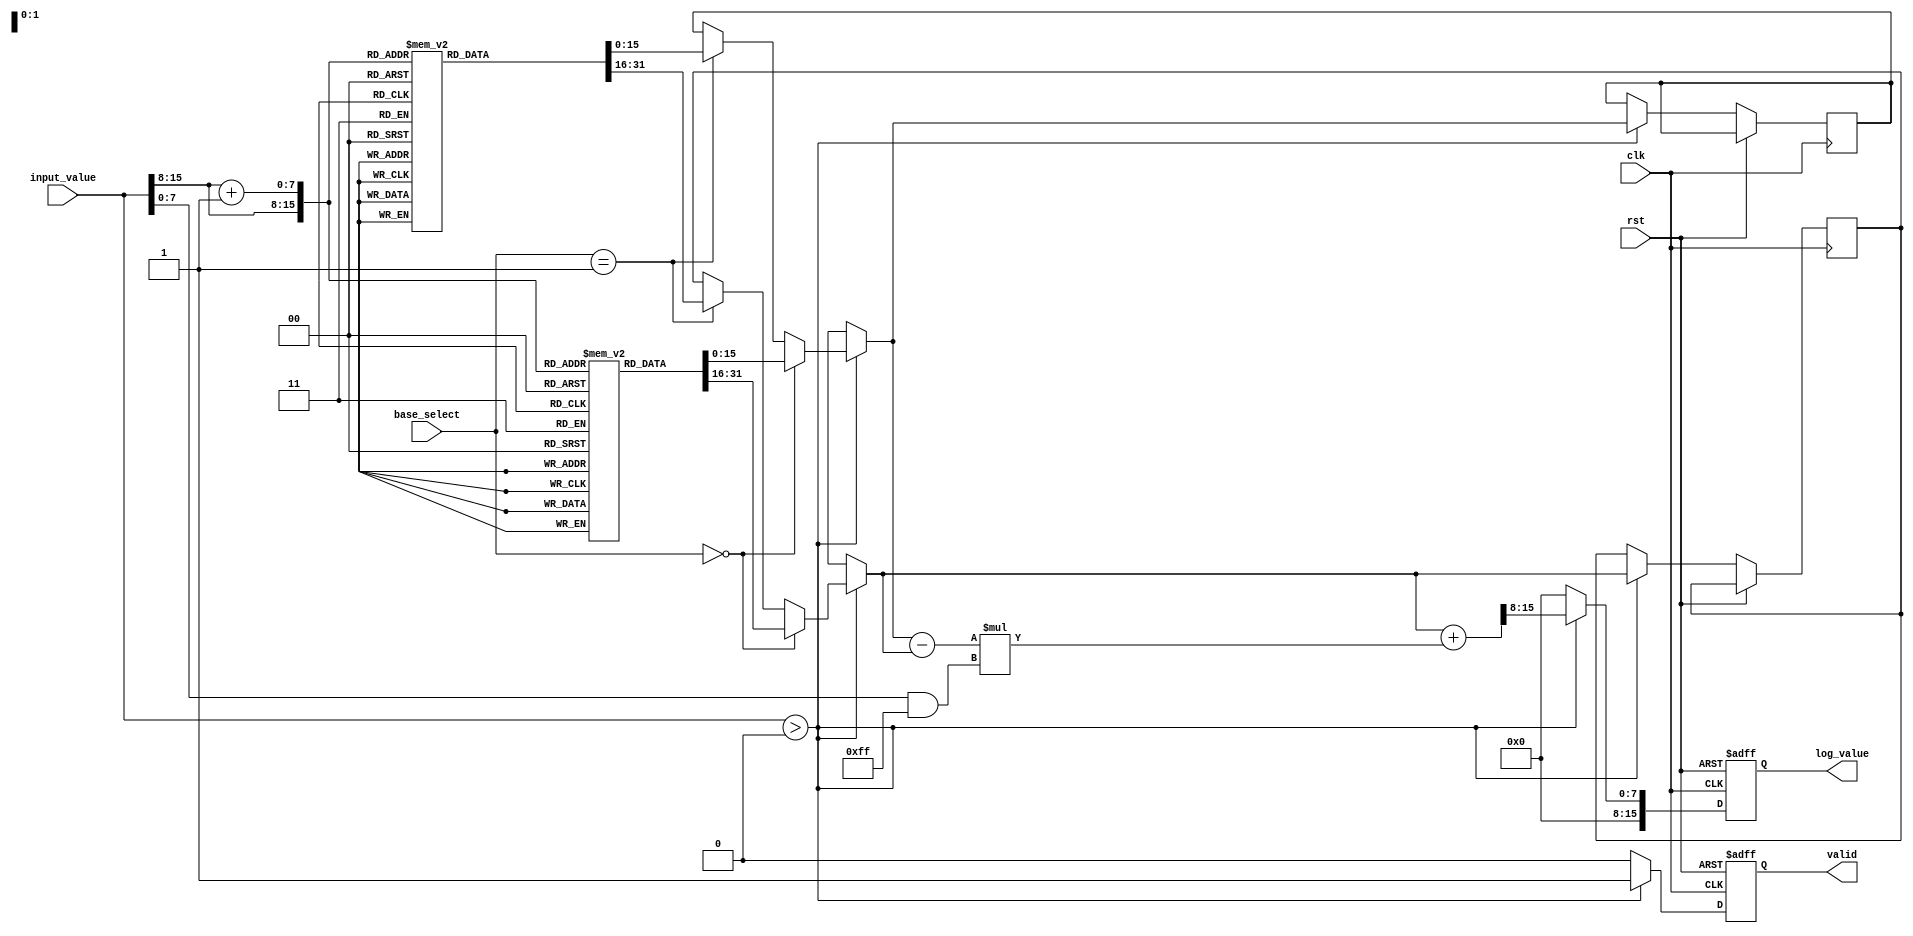
module LogarithmGenerator (
    input wire clk,                // Clock signal
    input wire rst,                // Reset signal
    input wire [15:0] input_value, // 16-bit input value (positive real number)
    input wire [1:0] base_select,  // Base selection (00: base 2, 01: base 10)
    output reg [15:0] log_value,   // 16-bit output logarithmic value
    output reg valid                // Output valid signal
);

    // Parameters for LUT size and range
    parameter LUT_SIZE = 256; // Size of the lookup table
    parameter LUT_WIDTH = 8;   // Width of the LUT index
    parameter INTERPOLATION_BITS = 8; // Bits for interpolation

    // Lookup table for logarithm values (base 2 and base 10)
    reg [15:0] lut_base2 [0:LUT_SIZE-1];
    reg [15:0] lut_base10 [0:LUT_SIZE-1];

    // Initialize LUT values (should be pre-computed)
    initial begin
        // Populate LUT for base 2
        // Example: lut_base2[i] = log2(i / LUT_SIZE) * (2^15)
        // Populate with appropriate logarithmic values
        // ...
        
        // Populate LUT for base 10
        // Example: lut_base10[i] = log10(i / LUT_SIZE) * (2^15)
        // Populate with appropriate logarithmic values
        // ...
    end

    // Internal signals
    reg [LUT_WIDTH-1:0] lut_index;
    reg [INTERPOLATION_BITS-1:0] fractional_part;
    reg [15:0] lut_value1, lut_value2;
    reg [15:0] interpolated_value;

    // Logarithm computation process
    always @(posedge clk or posedge rst) begin
        if (rst) begin
            log_value <= 16'b0;
            valid <= 1'b0;
        end else begin
            // Normalize input value to fit LUT indexing
            // Assume input_value is in the range [1, 256]
            if (input_value > 0) begin
                lut_index = input_value >> (16 - LUT_WIDTH); // Scale input to LUT index
                fractional_part = input_value & ((1 << (16 - LUT_WIDTH)) - 1); // Get fractional part

                // Select LUT based on base
                if (base_select == 2'b00) begin // Base 2
                    lut_value1 = lut_base2[lut_index];
                    lut_value2 = lut_base2[lut_index + 1];
                end else if (base_select == 2'b01) begin // Base 10
                    lut_value1 = lut_base10[lut_index];
                    lut_value2 = lut_base10[lut_index + 1];
                end

                // Linear interpolation
                interpolated_value = lut_value1 + ((lut_value2 - lut_value1) * fractional_part) >> (16 - INTERPOLATION_BITS);

                // Assign output
                log_value <= interpolated_value;
                valid <= 1'b1;
            end else begin
                log_value <= 16'b0; // Handle invalid input
                valid <= 1'b0;
            end
        end
    end

endmodule